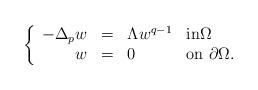
LaTeX: \begin{align*}\left\{\begin{array}{r c l l}-\Delta_p w & = & \Lambda w^{q-1} & \textrm{in}\Omega \\ w & = & 0 & \textrm{on }\partial\Omega.\end{array}\right.\end{align*}